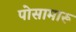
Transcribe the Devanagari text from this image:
पोसामारू